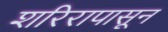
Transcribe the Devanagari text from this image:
शरिरापासून